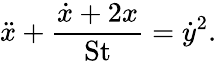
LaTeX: \ddot{x}+\frac{\dot{x}+2x}{\mathrm{St}}=\dot{y}^{2}.